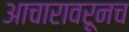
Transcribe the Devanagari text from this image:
आचारावरूनच